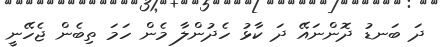
ދަ ބަނޑު ދޮންނައޭ ދަ ކާޅު ހެދުންލާ މެން ހަމަ ތިބެން ޖެހޭނީ